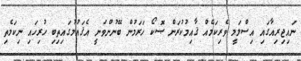
ނައިޖިރިއާގައި އިސްލަމީ ވެރިކަމެއް ޤާއިމުކުރަން ޞޮކޯ ހަރަމުން ބޭނުންވަނީ އެޤައުމުގައިތިބި ހުރިހައި ނިކަމެތި